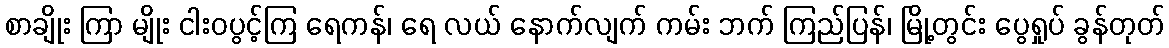
စာချိုး ကြာ မျိုး ငါးဝပွင့်ကြ ရေကန်၊ ရေ လယ် နောက်လျက် ကမ်း ဘက် ကြည်ပြန်၊ မြို့တွင်း ပွေရှုပ် ခွန်တုတ်